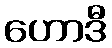
ဟောဒီ